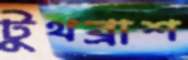
টুথব্রাশ